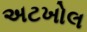
અટખોલ